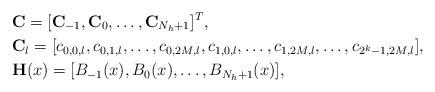
LaTeX: \begin{align*}&\textbf{C}=[\textbf{C}_{-1},\textbf{C}_0,\ldots,\textbf{C}_{N_h+1}]^T,\\&\textbf{C}_l=[c_{0,0,l},c_{0,1,l},\ldots,c_{0,2M,l},c_{1,0,l},\ldots,c_{1,2M,l},\ldots,c_{2^k-1,2M,l}],\\&\textbf{H}(x)=[B_{-1}(x),B_{0}(x),\ldots,B_{N_h+1}(x)],\\\end{align*}